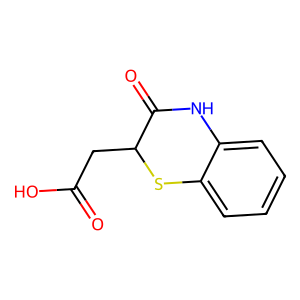
SMILES: O=C(O)CC1Sc2ccccc2NC1=O
Inhibits HIV replication: No